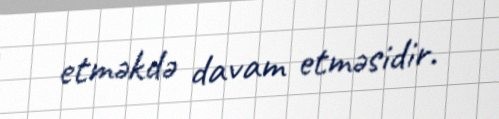
etməkdə davam etməsidir.